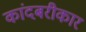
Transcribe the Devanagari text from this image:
कांदबरीकार